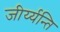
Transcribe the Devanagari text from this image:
जीर्य्यन्ति